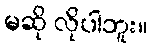
မဆို လိုပါဘူး။